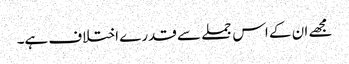
مجھے ان کے اس جملے سے قدرے اختلاف ہے۔